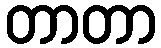
တာတာ